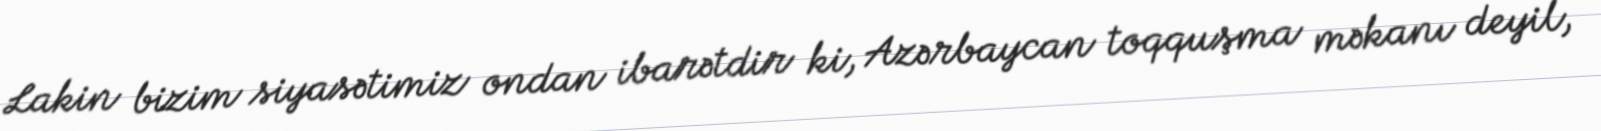
Lakin bizim siyasətimiz ondan ibarətdir ki, Azərbaycan toqquşma məkanı deyil,